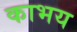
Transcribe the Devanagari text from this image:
काभय